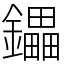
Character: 鑘